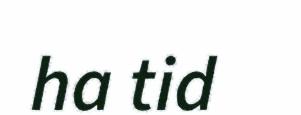
ha tid